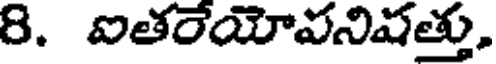
8. ఐతరేయోవనిషత్తు,